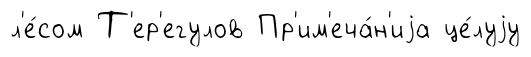
л'е́сом Т'ер'егулов Пр'им'еча́н'иjа це́луjу